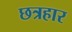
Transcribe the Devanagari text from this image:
छत्रहार